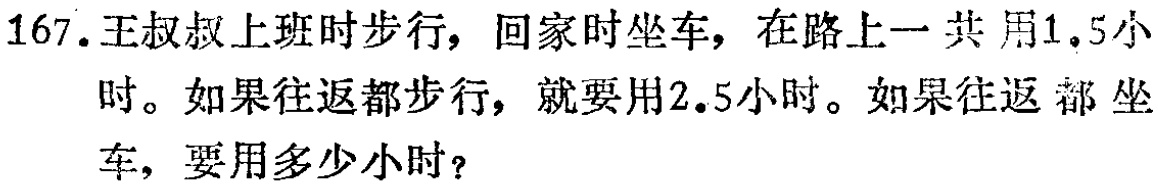
167. 王叔叔上班时步行，回家时坐车，在路上一共用1.5小时。如果往返都步行，就要用2.5小时。如果往返都坐车，要用多少小时？